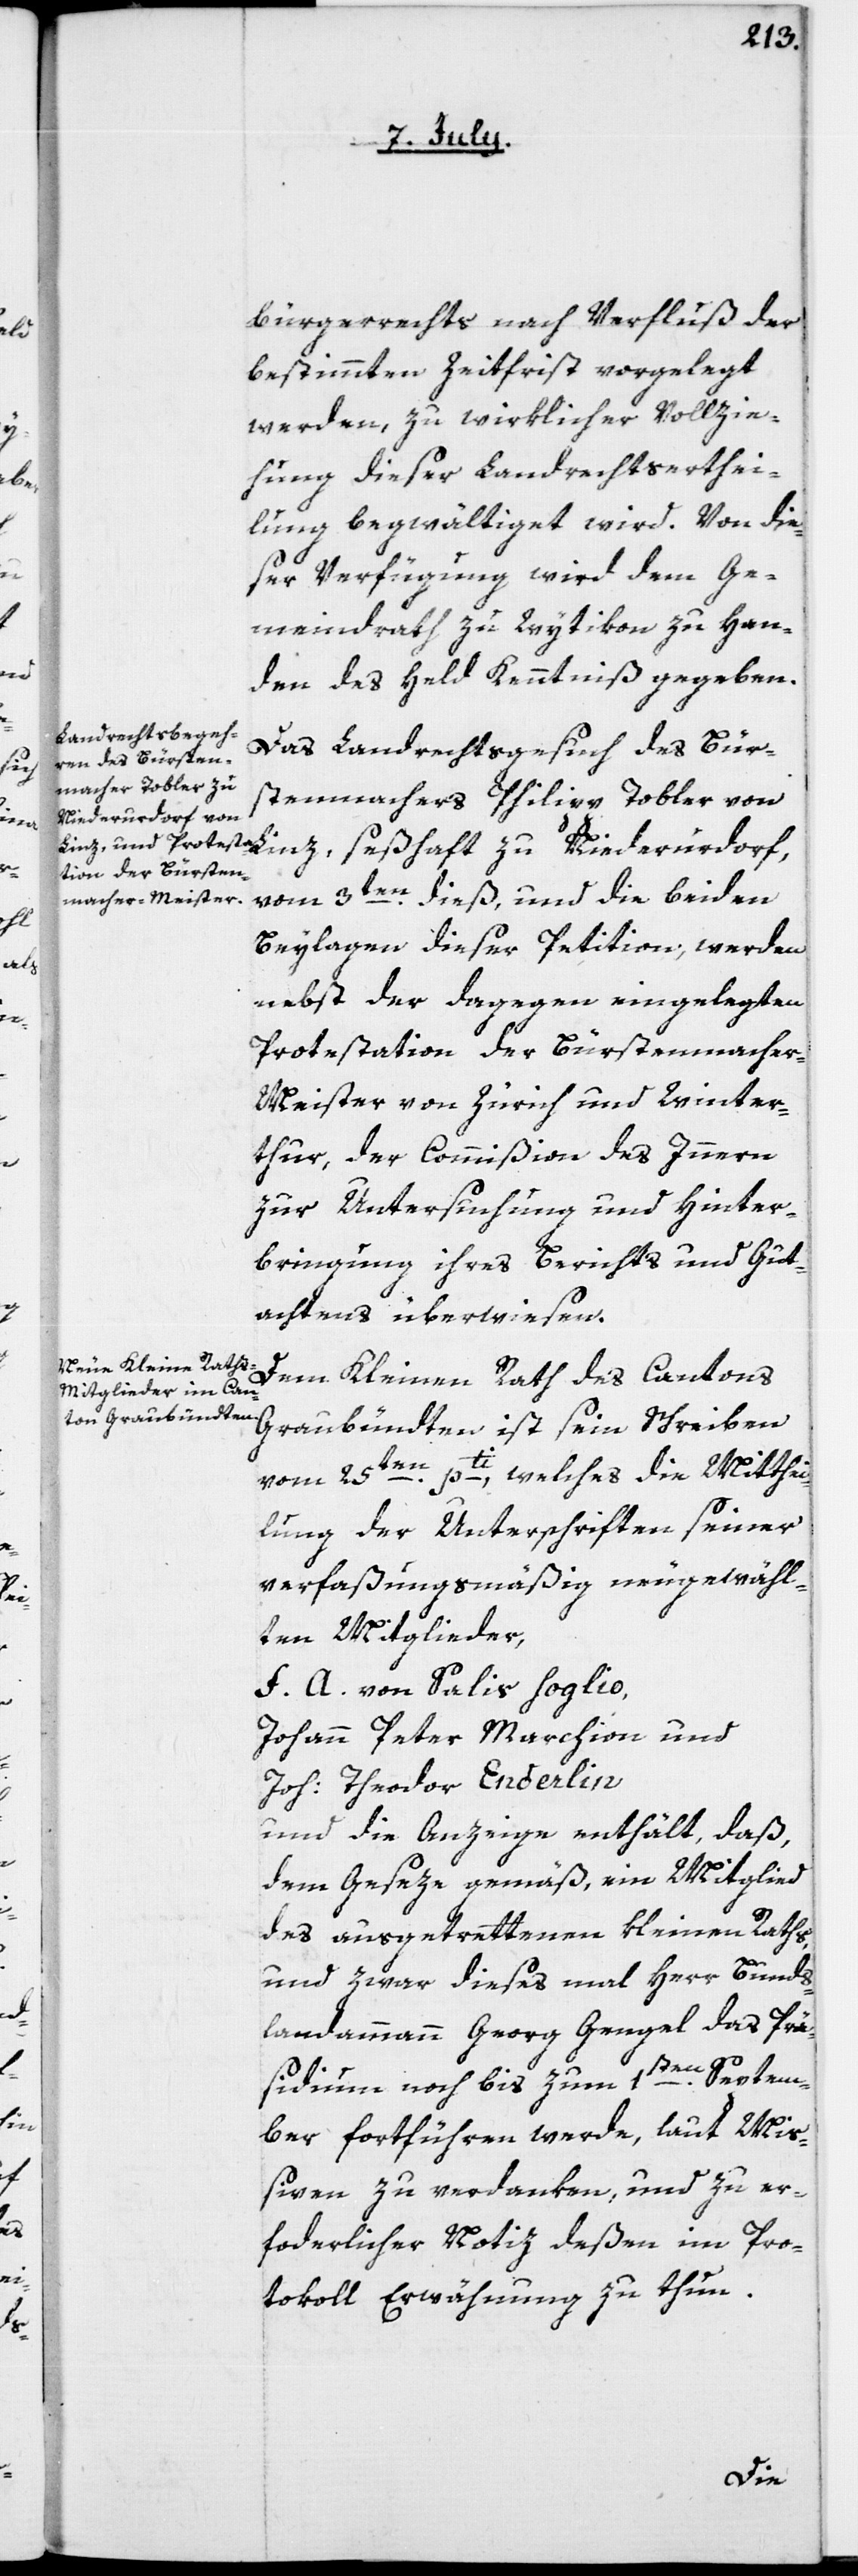
bürgerrechts nach Verfluß der
bestimmten Zeitfrist vorgelegt
werden, zu wirklicher Vollzie¬
hung dieser Landrechtserthei¬
lung begwältiget wird. Von die¬
ser Verfügung wird dem Ge¬
meindrath zu Wytikon zu Han¬
den des Held Kenntniß gegeben.
Das Landrechtsgesuch des Bür¬
stenmachers Philipp Tobler von
vom 3ten dieß, und die beiden
Beylagen dieser Petition, werden
nebst der dagegen eingelegten
Protestation der Bürstenmacher-M¬
eister von Zürich und Winter¬
thur, der Commißion des Innern
zur Untersuchung und Hinter¬
bringung ihres Berichts und Gut¬
achtens überwiesen.
Dem Kleinen Rath des Cantons
Graubündten ist sein Schreiben
vom 25ten pti, welches die Mitthei¬
lung der Unterschriften seiner
verfaßungsmäßig neugewähl¬
ten Mitglieder,
F. A. von Salis Soglio,
Johann Peter Marchion und
Joh. Theodor Enderlin
und die Anzeige enthält, daß
dem Geseze gemäß, ein Mitglied
des ausgetrettenen Kleinen Raths,
und zwar dieses mal Herr Bunds¬
landammann Georg Gengel das Prä¬
sidium noch bis zum 1sten Septem¬
ber fortführen werde, laut Miß¬
iven zu verdanken, und zu er¬
forderlicher Notiz deßen im Pro¬
tokoll Erwähnung zu thun.